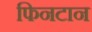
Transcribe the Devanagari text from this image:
फिनटान